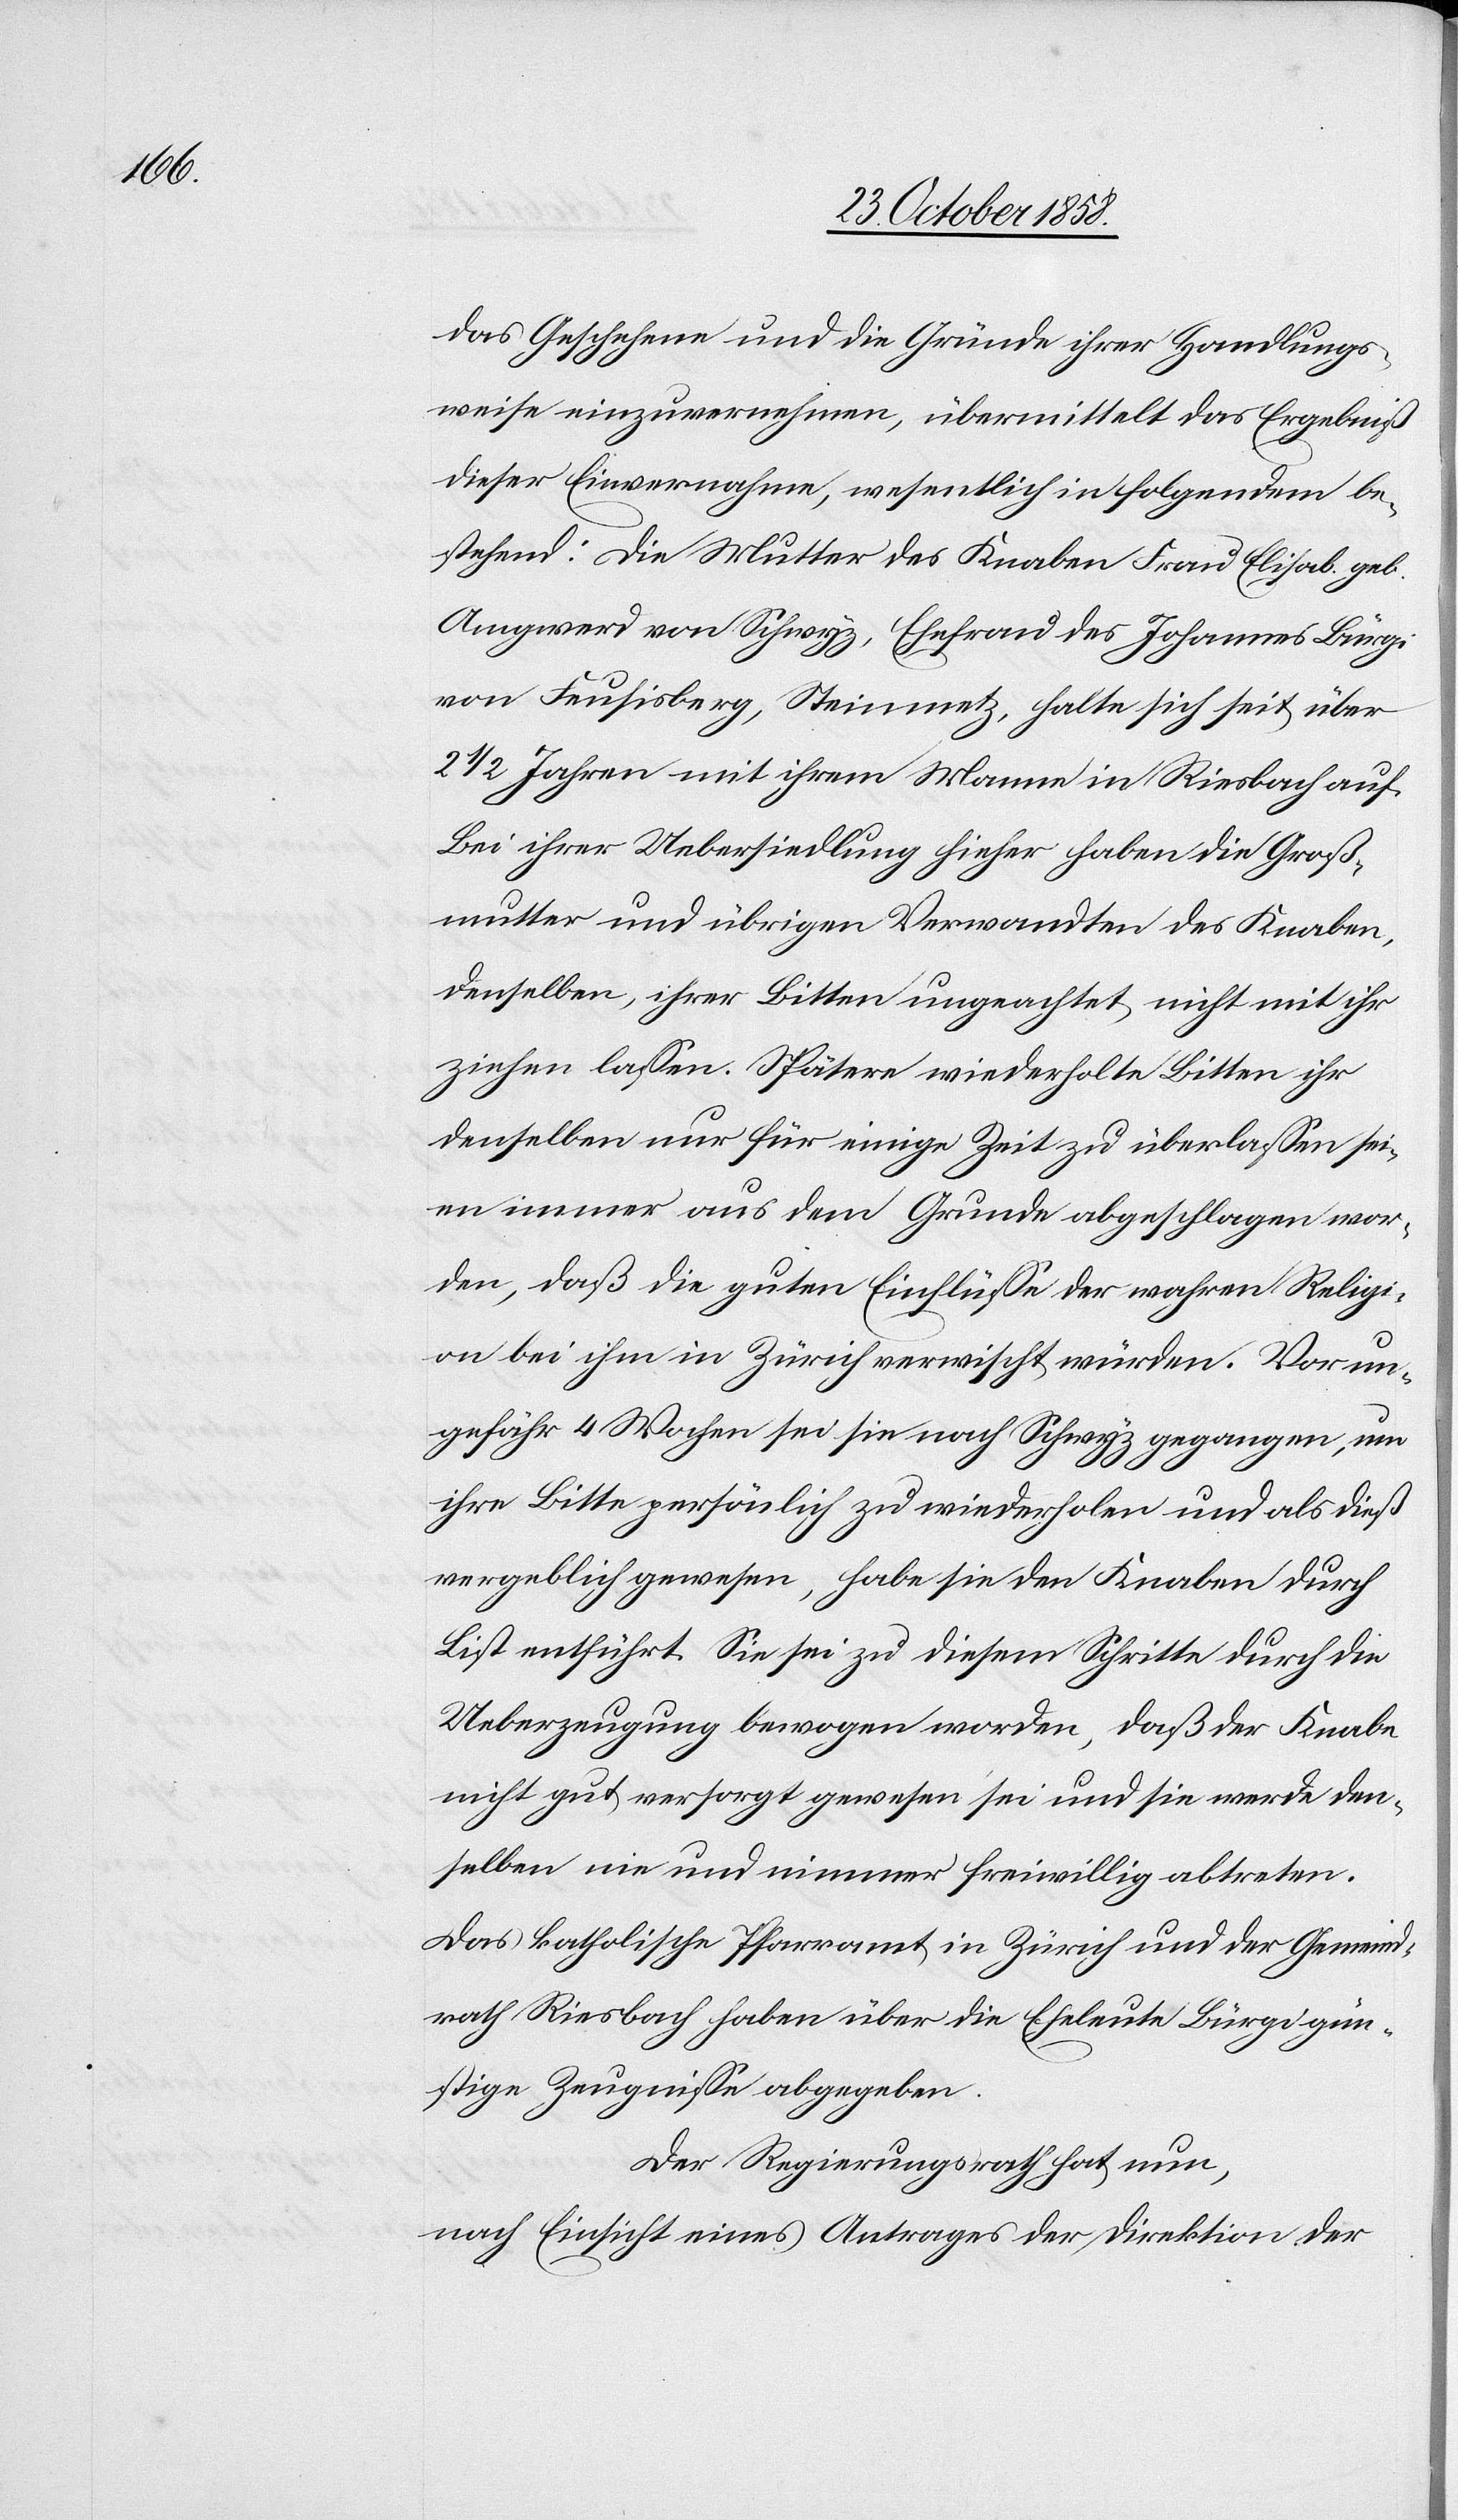
das Geschehene und die Gründe ihrer Handlungs¬
weise einzuvernehmen, übermittelt das Ergebniß
dieser Einvernahme, wesentlich in folgendem be¬
stehend: Die Mutter des Knaben Frau Elisab. geb.
Amgwerd von Schwyz, Ehefrau des Johannes Bürgi
von Feusisberg, Steinmetz, halte sich seit über
2 1/2 Jahren mit ihrem Manne in Riesbach auf.
Bei ihrer Uebersiedlung hieher haben die Groß¬
mutter und übrigen Verwandten des Knaben,
denselben, ihrer Bitten ungeachtet, nicht mit ihr
ziehen lassen. Spätere wiederholte Bitten ihr
denselben nur für einige Zeit zu überlassen sei¬
en immer aus dem Grunde abgeschlagen wor¬
den, daß die guten Einflüsse der wahren Religi¬
on bei ihm in Zürich verwischt würden. Vor un¬
gefähr 4 Wochen sei sie nach Schwyz gegangen, um
ihre Bitte persönlich zu wiederholen und als dieß
vergeblich gewesen, habe sie den Knaben durch
List entführt. Sie sei zu diesem Schritte durch die
Ueberzeugung bewogen worden, daß der Knabe
nicht gut versorgt gewesen sei und sie werde den¬
selben nie und nimmer freiwillig abtreten.
Das katholische Pfarramt in Zürich und der Gemeind¬
rath Riesbach haben über die Eheleute Bürgi gün¬
stige Zeugnisse abgegeben.
Der Regierungsrath hat nun,
nach Einsicht eines Antrages der Direktion der